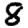
Digit: 8